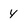
Character: 4